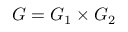
G = G _ { 1 } \times G _ { 2 }